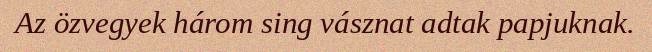
Az özvegyek három sing vásznat adtak papjuknak.